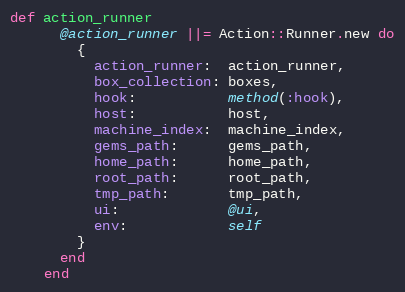
Language: Ruby
def action_runner
      @action_runner ||= Action::Runner.new do
        {
          action_runner:  action_runner,
          box_collection: boxes,
          hook:           method(:hook),
          host:           host,
          machine_index:  machine_index,
          gems_path:      gems_path,
          home_path:      home_path,
          root_path:      root_path,
          tmp_path:       tmp_path,
          ui:             @ui,
          env:            self
        }
      end
    end